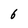
Character: 6